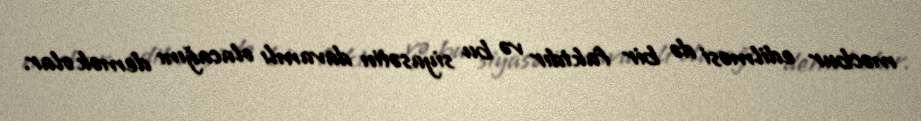
məcbur edilməsi də bir faktdır və bu siyasətin davamlı olacağını demək olar.